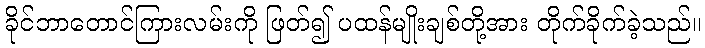
ခိုင်ဘာတောင်ကြားလမ်းကို ဖြတ်၍ ပထန်မျိုးချစ်တို့အား တိုက်ခိုက်ခဲ့သည်။